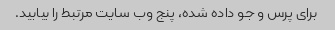
برای پرس و جو داده شده، پنج وب سایت مرتبط را بیابید.